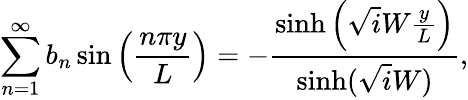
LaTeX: \sum_{n=1}^{\infty}b_{n}\sin\left(\frac{n\pi y}{L}\right)=-\frac{\sinh\left(\sqrt iW\frac{y}{L}\right)}{\sinh(\sqrt iW)},